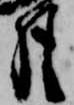
月